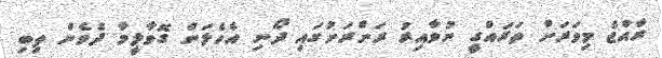
ރާއްޖެ މިވަރަށް ތަރައްގީ ނުވާއިރު ރަށްރަށުގައި ދޯނި އެހެލަން ގޮވާލީމާ ދެވެން ތިބި